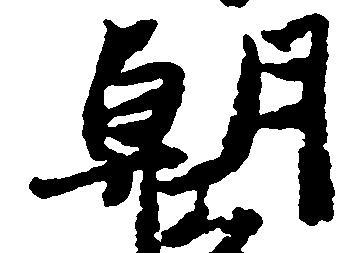
朝